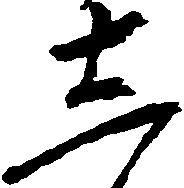
し